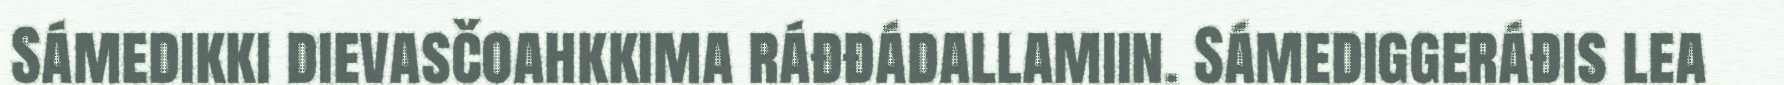
Sámedikki dievasčoahkkima ráđđádallamiin. Sámediggeráđis lea